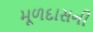
મૂળદાસની